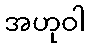
အဟုဝါ